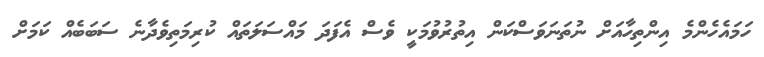
ހަމައެހެންމެ އިންތިހާއަށް ނުތަނަވަސްކަން އިތުރުވުމަކީ ވެސް އެފަދަ މައްސަލަތައް ކުރިމަތިވެދާނެ ސަބަބެއް ކަމަށް